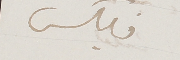
فليكس